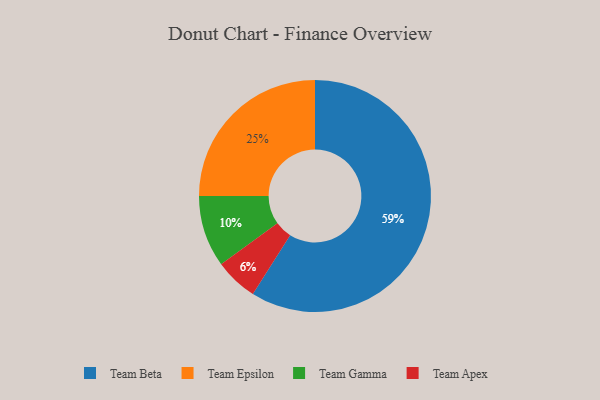
{"axis": {"x": "Category", "y": "Percentage"}, "legend": ["Team Apex", "Team Beta", "Team Epsilon", "Team Gamma"], "data": [{"x": "Team Apex", "y": 6, "type": "Team Apex"}, {"x": "Team Gamma", "y": 10, "type": "Team Gamma"}, {"x": "Team Epsilon", "y": 25, "type": "Team Epsilon"}, {"x": "Team Beta", "y": 59, "type": "Team Beta"}]}